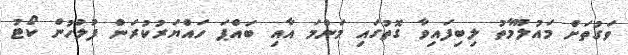
ވަގުތަށް މައުލޫމާތު ލިބިފައިވާ ގޮތުގައި މަންމަ އާއި ބައްޕަ ހައްޔަރުކުރަން ފުލުހުން ކޯޓު